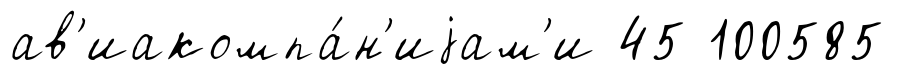
ав'иакомпа́н'иjам'и 45 100585